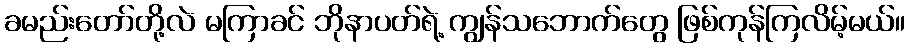
ခမည်းတော်တို့လဲ မကြာခင် ဘိုနာပတ်ရဲ့ ကျွန်သဘောက်တွေ ဖြစ်ကုန်ကြလိမ့်မယ်။